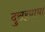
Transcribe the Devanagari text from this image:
दुसर्‍याया